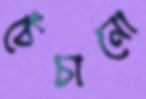
চেঁচানো